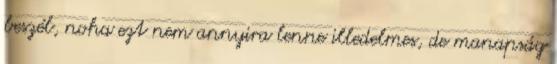
beszél, noha ezt nem annyira lenne illedelmes, de manapság